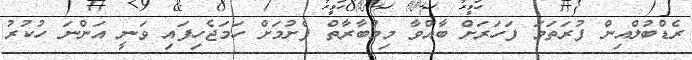
ރެޑްބުލްއިން ފުރަތަމަ ފަހަރަށް ބާއްވާ މިމުބާރާތް ފެށުމަށް ހަމަޖެހިފައި ވަނީ އަންނަ ހުކުރު